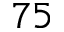
7 5